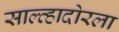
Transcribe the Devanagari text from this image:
साल्व्हादोरला